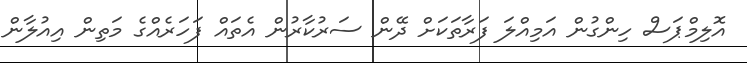
އޮލިމްޕަސް ހިންގުން އަމިއްލަ ފަރާތަކަށް ދޭން ސަރުކާރުން އެތައް ފަހަރެއްގެ މަތިން އިއުލާން